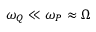
\omega _ { Q } \ll \omega _ { P } \approx \Omega